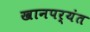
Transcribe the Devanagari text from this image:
खानपर्यंत